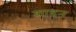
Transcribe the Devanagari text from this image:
शाडन